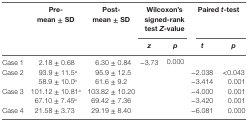
| <ROWSPAN=2>  | <ROWSPAN=2> Pre-mean ± SD | <ROWSPAN=2> Post-mean ± SD | <COLSPAN=2> Wilcoxon’s signed-rank test Z-value | <COLSPAN=2> Paired t-test |
 | z | p | t | p |
 | --- | --- | --- | --- | --- | --- | --- |
 | Case 1 | 2.18 ± 0.68 | 6.30 ± 0.84 | −3.73 | 0.000 |  |  |
 | <ROWSPAN=2> Case 2 | 93.9 ± 11.5a | 95.9 ± 12.5 | <COLSPAN=2>  | −2.038 | <0.043 |
 | 58.9 ± 10.0b | 61.6 ± 9.2 | <COLSPAN=2>  | −3.414 | 0.001 |
 | <ROWSPAN=2> Case 3 | 101.12 ± 10.81a | 103.82 ± 10.20 | <COLSPAN=2>  | −4.000 | 0.001 |
 | 67.10 ± 7.45b | 69.42 ± 7.36 | <COLSPAN=2>  | −3.420 | 0.001 |
 | Case 4 | 21.58 ± 3.73 | 29.19 ± 8.40 | <COLSPAN=2>  | −6.081 | 0.000 |